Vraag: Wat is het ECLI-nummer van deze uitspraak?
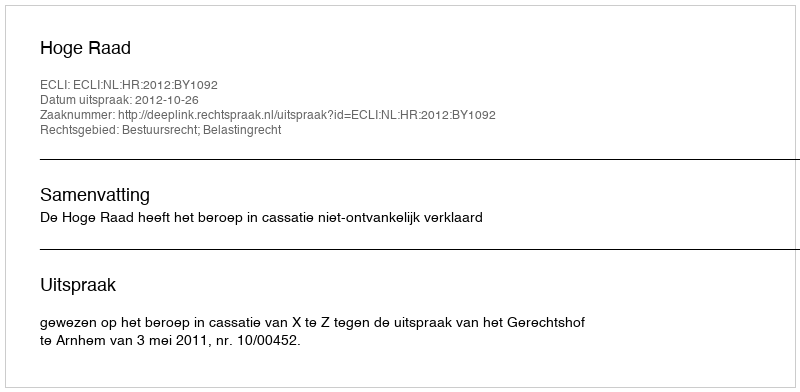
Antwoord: ECLI:NL:HR:2012:BY1092